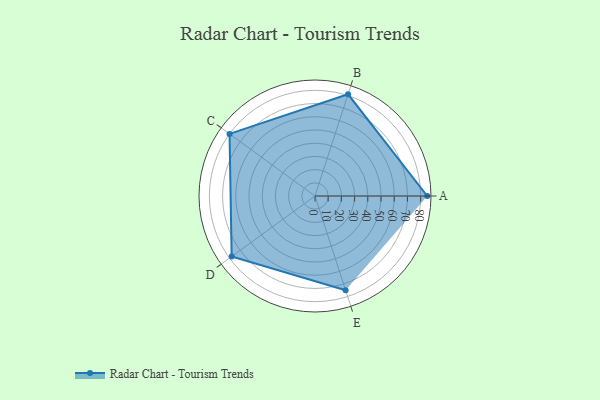
{"axis": {"x": "Skill", "y": "Score"}, "legend": ["Profile"], "data": [{"x": "A", "y": 85.0, "type": "Profile"}, {"x": "B", "y": 81.0, "type": "Profile"}, {"x": "C", "y": 80.0, "type": "Profile"}, {"x": "D", "y": 78.0, "type": "Profile"}, {"x": "E", "y": 75.0, "type": "Profile"}]}